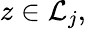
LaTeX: z\in{\mathcal{L}}_{j},